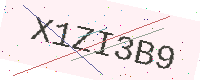
Text: X1ZI3B9